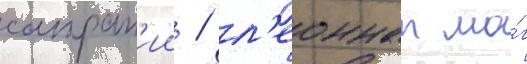
сатрап'ии / л'еоннат мо́г